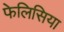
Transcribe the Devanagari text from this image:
फेलिसिया